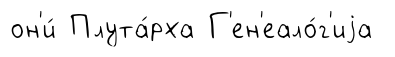
он'и́ Плута́рха Г'ен'еало́г'иjа